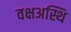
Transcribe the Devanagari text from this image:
वक्षअस्थि